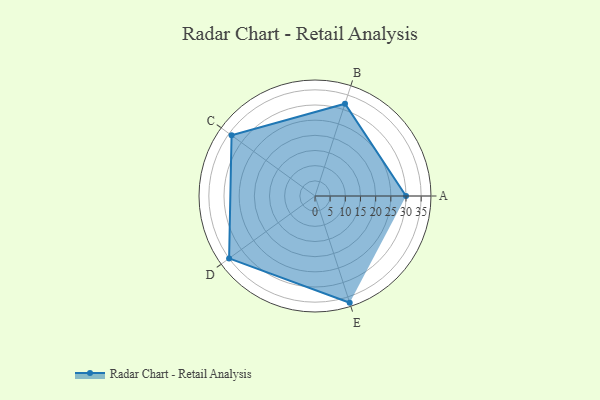
{"axis": {"x": "Skill", "y": "Score"}, "legend": ["Profile"], "data": [{"x": "A", "y": 30.0, "type": "Profile"}, {"x": "B", "y": 32.0, "type": "Profile"}, {"x": "C", "y": 34.0, "type": "Profile"}, {"x": "D", "y": 35.0, "type": "Profile"}, {"x": "E", "y": 37.0, "type": "Profile"}]}